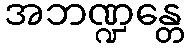
အဘဏ္ဍန္တေ